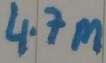
Text: 4.7M